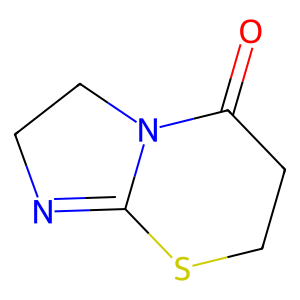
SMILES: O=C1CCSC2=NCCN12
Inhibits HIV replication: No